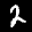
Label: 2